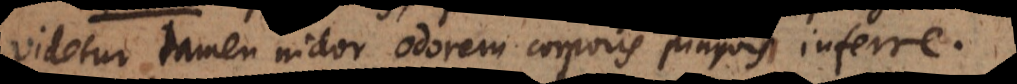
Videtur tamen nidor odorem corporis pinguis inferre.